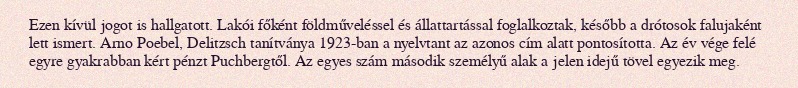
Ezen kívül jogot is hallgatott. Lakói főként földműveléssel és állattartással foglalkoztak, később a drótosok falujaként lett ismert. Arno Poebel, Delitzsch tanítványa 1923-ban a nyelvtant az azonos cím alatt pontosította. Az év vége felé egyre gyakrabban kért pénzt Puchbergtől. Az egyes szám második személyű alak a jelen idejű tövel egyezik meg.